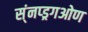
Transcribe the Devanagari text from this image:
स्ंनप्ड्रगओण